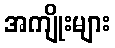
အကျိုးများ